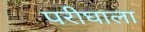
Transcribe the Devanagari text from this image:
परीघाला